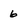
Character: 6